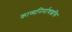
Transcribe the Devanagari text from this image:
काव्यनिर्माणशक्ति